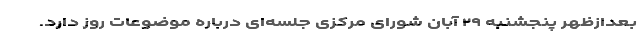
بعدازظهر پنجشنبه ۲۹ آبان شورای مرکزی جلسه‌ای درباره موضوعات روز دارد.